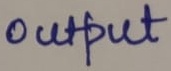
Text: output